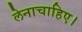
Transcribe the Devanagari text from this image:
लेनाचाहिए।